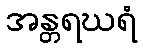
အန္တရဃရံ